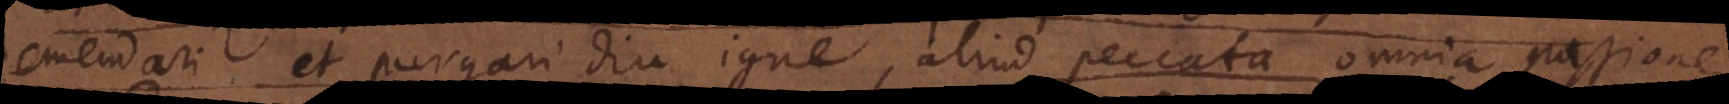
emendari et purgari diu igne, aliud peccata omnia passione